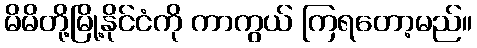
မိမိတို့မြို့နိုင်ငံကို ကာကွယ် ကြရတော့မည်။